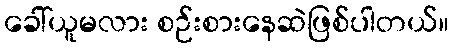
ခေါ်ယူမလား စဉ်းစားနေဆဲဖြစ်ပါတယ်။